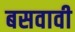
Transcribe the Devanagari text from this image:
बसवावी